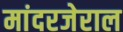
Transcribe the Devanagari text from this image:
मांदरजेराल